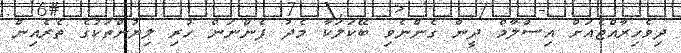
ދިވެހިރާއްޖެއަށް އިސްލާމް ދީން ގެންނެވި ބޭކަލަކާ މެދު ފެންނަން ހުރި ލިޔުންތަކުގެ ތެރެއިން